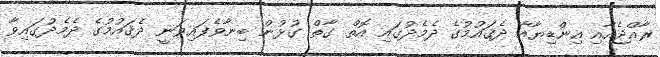
ރާއްޖެއާއި އިންޑިޔާއާ ދެޤައުމުގެ ދެމެދުގައި އޮތް ގާތް ގުޅުން ބިނާވެފައިވަނީ ދެޤައުމުގެ ދެމެދުގައިވާ